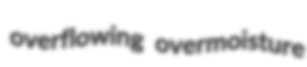
overflowing overmoisture